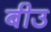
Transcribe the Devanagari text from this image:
बीउ